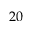
2 0